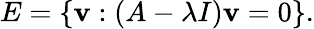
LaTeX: E=\left\{ \mathbf{v}:(A-\lambda I)\mathbf{v}=0\right\} .